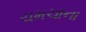
ચમચાના